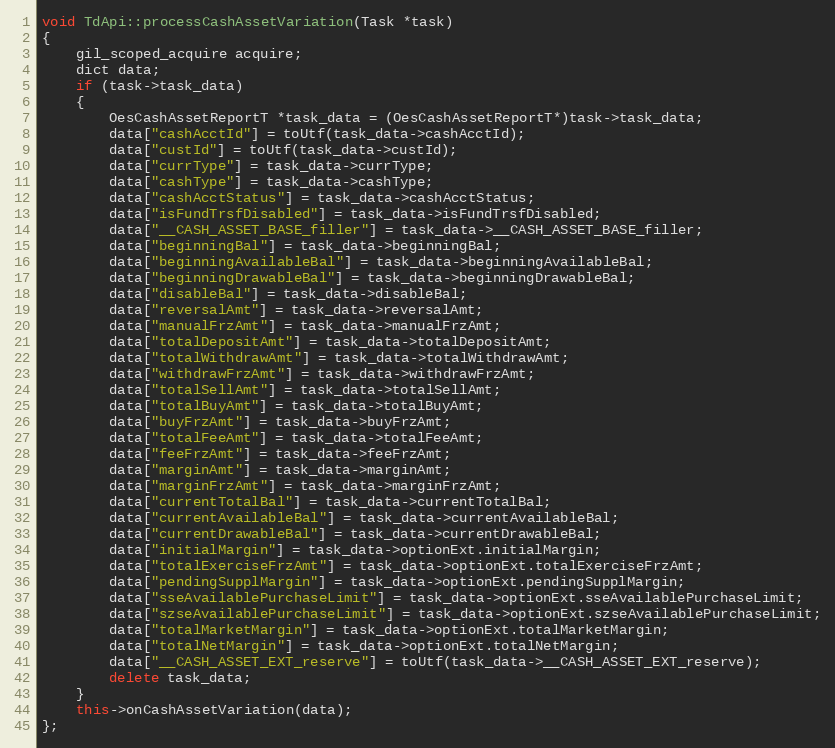
Language: C++
void TdApi::processCashAssetVariation(Task *task)
{
	gil_scoped_acquire acquire;
	dict data;
	if (task->task_data)
	{
		OesCashAssetReportT *task_data = (OesCashAssetReportT*)task->task_data;
		data["cashAcctId"] = toUtf(task_data->cashAcctId);
		data["custId"] = toUtf(task_data->custId);
		data["currType"] = task_data->currType;
		data["cashType"] = task_data->cashType;
		data["cashAcctStatus"] = task_data->cashAcctStatus;
		data["isFundTrsfDisabled"] = task_data->isFundTrsfDisabled;
		data["__CASH_ASSET_BASE_filler"] = task_data->__CASH_ASSET_BASE_filler;
		data["beginningBal"] = task_data->beginningBal;
		data["beginningAvailableBal"] = task_data->beginningAvailableBal;
		data["beginningDrawableBal"] = task_data->beginningDrawableBal;
		data["disableBal"] = task_data->disableBal;
		data["reversalAmt"] = task_data->reversalAmt;
		data["manualFrzAmt"] = task_data->manualFrzAmt;
		data["totalDepositAmt"] = task_data->totalDepositAmt;
		data["totalWithdrawAmt"] = task_data->totalWithdrawAmt;
		data["withdrawFrzAmt"] = task_data->withdrawFrzAmt;
		data["totalSellAmt"] = task_data->totalSellAmt;
		data["totalBuyAmt"] = task_data->totalBuyAmt;
		data["buyFrzAmt"] = task_data->buyFrzAmt;
		data["totalFeeAmt"] = task_data->totalFeeAmt;
		data["feeFrzAmt"] = task_data->feeFrzAmt;
		data["marginAmt"] = task_data->marginAmt;
		data["marginFrzAmt"] = task_data->marginFrzAmt;
		data["currentTotalBal"] = task_data->currentTotalBal;
		data["currentAvailableBal"] = task_data->currentAvailableBal;
		data["currentDrawableBal"] = task_data->currentDrawableBal;
		data["initialMargin"] = task_data->optionExt.initialMargin;
		data["totalExerciseFrzAmt"] = task_data->optionExt.totalExerciseFrzAmt;
		data["pendingSupplMargin"] = task_data->optionExt.pendingSupplMargin;
		data["sseAvailablePurchaseLimit"] = task_data->optionExt.sseAvailablePurchaseLimit;
		data["szseAvailablePurchaseLimit"] = task_data->optionExt.szseAvailablePurchaseLimit;
		data["totalMarketMargin"] = task_data->optionExt.totalMarketMargin;
		data["totalNetMargin"] = task_data->optionExt.totalNetMargin;
		data["__CASH_ASSET_EXT_reserve"] = toUtf(task_data->__CASH_ASSET_EXT_reserve);
		delete task_data;
	}
	this->onCashAssetVariation(data);
};